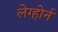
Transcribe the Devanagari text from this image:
लेग्होर्न